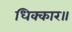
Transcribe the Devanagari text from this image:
धिक्कार॥